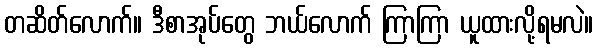
တဆိတ်လောက်။ ဒီစာအုပ်တွေ ဘယ်လောက် ကြာကြာ ယူထားလို့ရမလဲ။